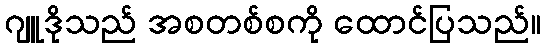
ဂျူဒိုသည် အစတစ်စကို ထောင်ပြသည်။